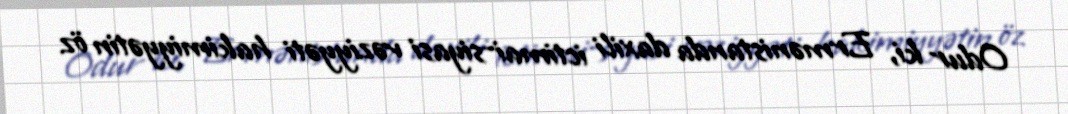
Odur ki, Ermənistanda daxili ictimai-siyasi vəziyyəti hakimiyyətin öz